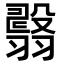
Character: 𦒇